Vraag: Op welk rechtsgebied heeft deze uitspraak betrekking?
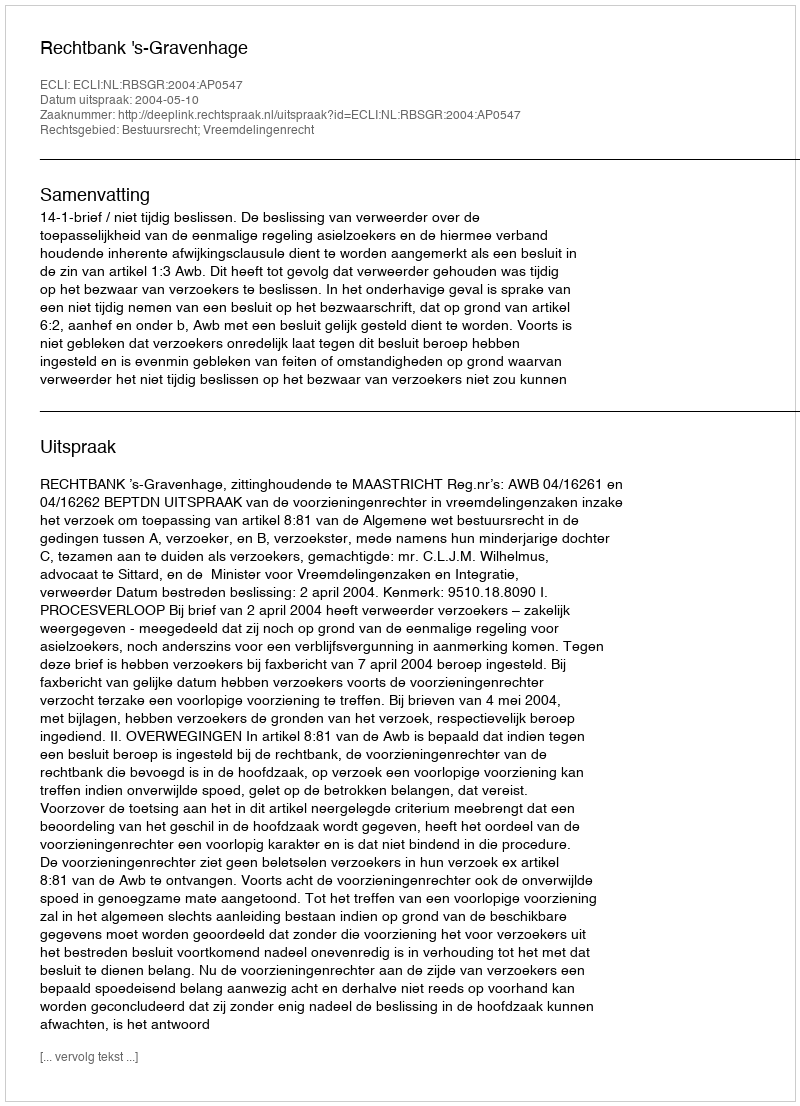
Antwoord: Bestuursrecht; Vreemdelingenrecht